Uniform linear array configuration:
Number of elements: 8
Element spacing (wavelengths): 1
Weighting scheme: binomial
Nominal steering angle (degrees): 60
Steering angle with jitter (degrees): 60.326
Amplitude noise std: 0.05
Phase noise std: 0.05

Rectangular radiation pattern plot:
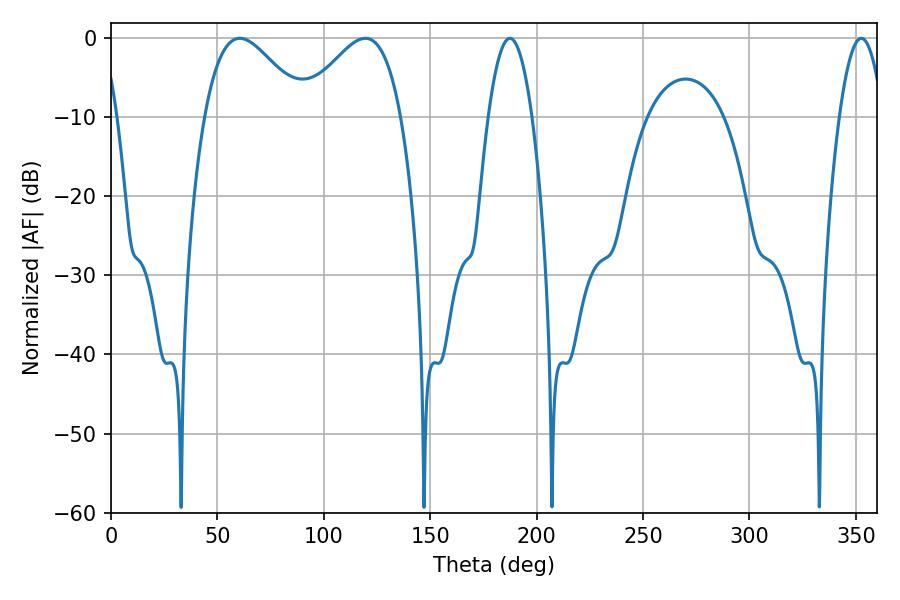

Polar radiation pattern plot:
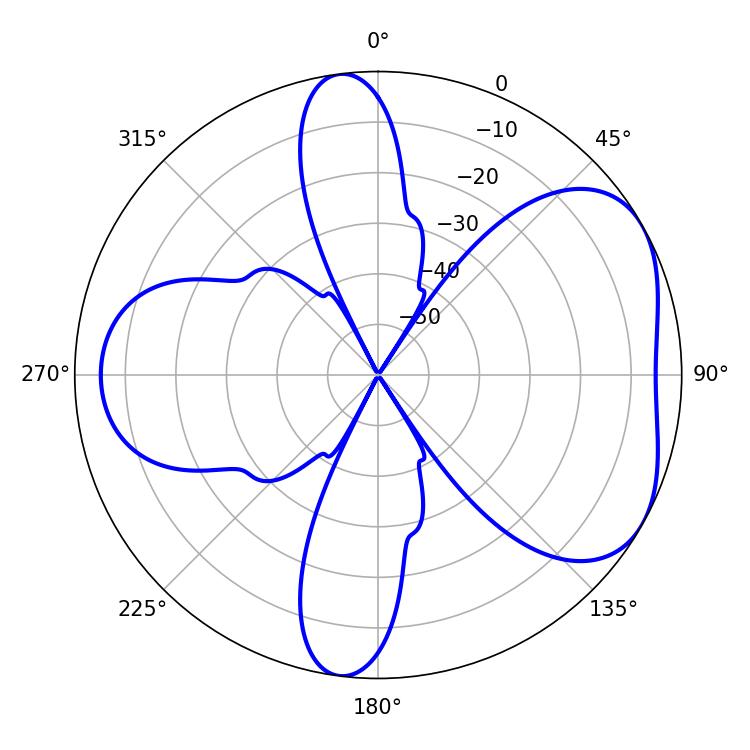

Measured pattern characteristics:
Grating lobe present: TRUE
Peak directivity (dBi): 4.927
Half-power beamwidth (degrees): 25.2
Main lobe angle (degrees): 60.48